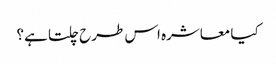
کیا معاشرہ اس طرح چلتا ہے؟